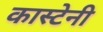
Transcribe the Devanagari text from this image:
कास्टेनी